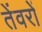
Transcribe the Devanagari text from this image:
तेंवरों